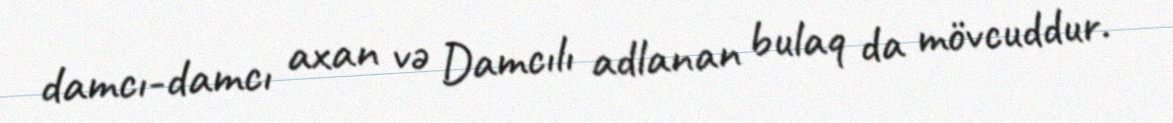
damcı-damcı axan və Damcılı adlanan bulaq da mövcuddur.